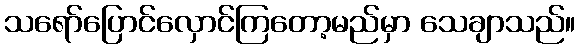
သရော်ပြောင်လှောင်ကြတော့မည်မှာ သေချာသည်။